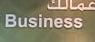
business